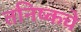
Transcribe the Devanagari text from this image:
तनिष्कचे